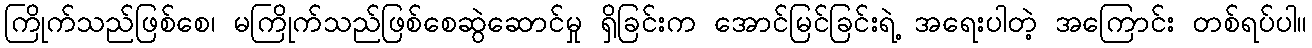
ကြိုက်သည်ဖြစ်စေ၊ မကြိုက်သည်ဖြစ်စေဆွဲဆောင်မှု ရှိခြင်းက အောင်မြင်ခြင်းရဲ့ အရေးပါတဲ့ အကြောင်း တစ်ရပ်ပါ။